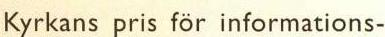
Kyrkans pris för informations-